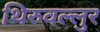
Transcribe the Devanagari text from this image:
थिरुवल्लुर